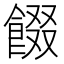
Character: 餟